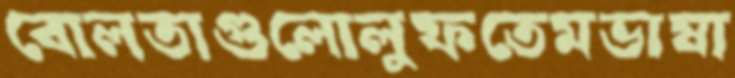
বোলতাগুলোলুফতেমভাষা